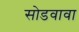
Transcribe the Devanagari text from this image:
सोडवावा